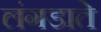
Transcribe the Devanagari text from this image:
लंगडाते